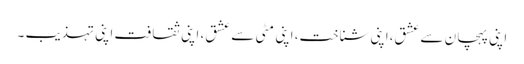
اپنی پہچان سے عشق،اپنی شناخت، اپنی مٹی سے عشق، اپنی ثقافت اپنی تہذیب ۔